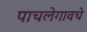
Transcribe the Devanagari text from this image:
पाचलेगावचे